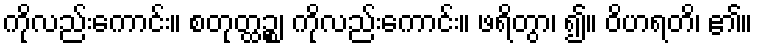
ကိုလည်းကောင်း။ စတုတ္ထဉ္စ၊ ကိုလည်းကောင်း။ ဖရိတွာ၊ ၍။ ဝိဟရတိ၊ ၏။